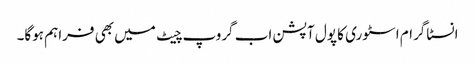
انسٹاگرام اسٹوری کا پول آپشن اب گروپ چیٹ میں بھی فراہم ہوگا۔